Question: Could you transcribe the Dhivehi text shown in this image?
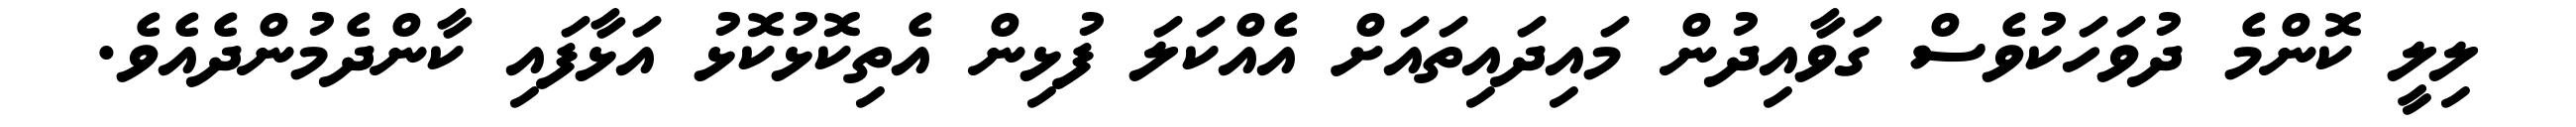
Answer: ލިލީ ކޮންމެ ދުވަހަކުވެސް ގަވާއިދުން މައިދައިތައަށް އެއްކަލަ ފުޅިން އެތިކޮޅުކޮޅު އަޅާފައި ކާންދެމުންދެއެވެ.